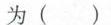
为()